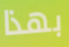
بهذا